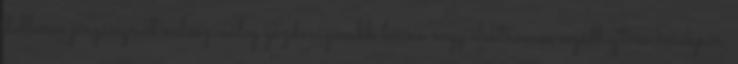
dolláros járgánynál valószínűleg gazdaságosabb lenne négy elektromos segédhajtású kerékpár.